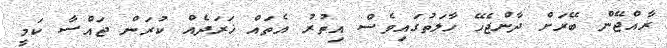
ރާއްޖޭން ބޭރަށް ދާންޖެހޭ ހާލަތުގައިވެސް އިތުރު އެތައް ޚަރަދެއް ކުރަން ޖައްސާ ކަމީ